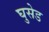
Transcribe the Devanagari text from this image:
घुसेड